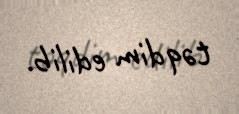
təqdim edilib.